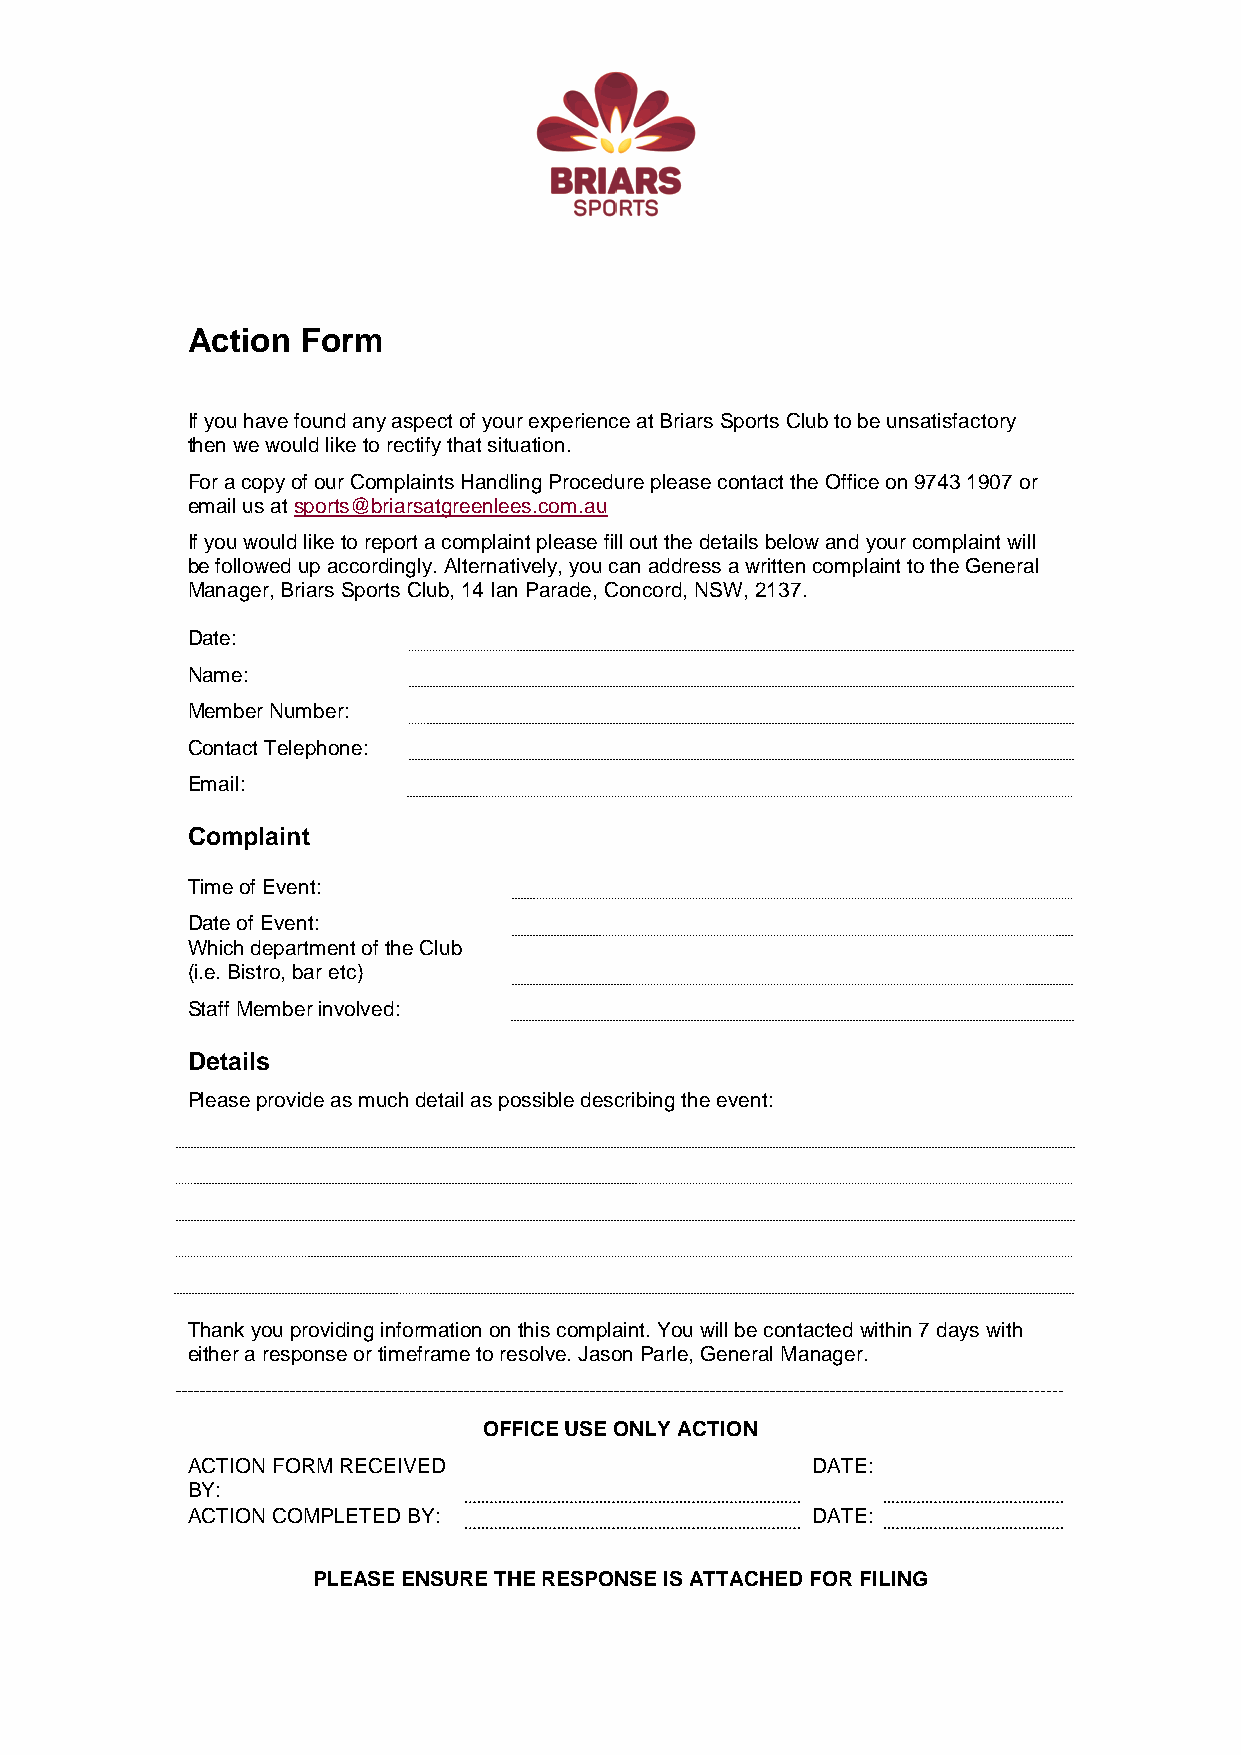
Action  Form
 If you have found any aspect of your experience at Briars Sports Club to be unsatisfactory
 then we would like to rectify that situation.
 For a copy of our Complaints Handling Procedure please contact the Office on 9743 1907 or
 email us at sports@briarsatgreenlees.com.au
 If you would like to report a complaint please fill out the details below and your complaint will
 be followed up accordingly. Alternatively, you can address a written complaint to the General
 Manager, Briars Sports Club, 14 Ian Parade, Concord, NSW, 2137.
 Date:
 Name:
 Member Number:
 Contact Telephone:
 Email:
 Complaint
 Time of Event:
 Date of Event:
 Which department of the Club
 (i.e. Bistro, bar etc)
 Staff Member involved:
 Details
 Please provide as much detail as possible describing the event:
 Thank you providing information on this complaint. You will be contacted within 7 days with
 either a response or timeframe to resolve. Jason Parle, General Manager.
 OFFICE USE ONLY ACTION
 ACTION FORM RECEIVED                      DATE:
 BY:
 ACTION COMPLETED BY:                      DATE:
 PLEASE ENSURE THE RESPONSE IS ATTACHED FOR FILING